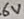
Text: 6V